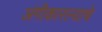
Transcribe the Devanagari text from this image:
अंगीकारल्याचे